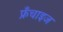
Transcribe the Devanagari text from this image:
फ्रँचाइज